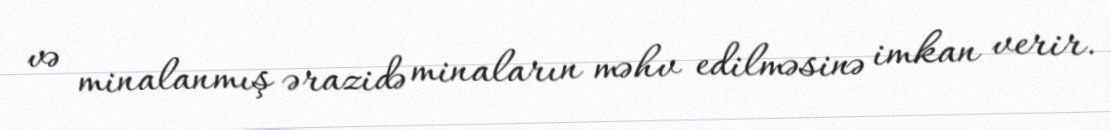
və minalanmış ərazidə minaların məhv edilməsinə imkan verir.